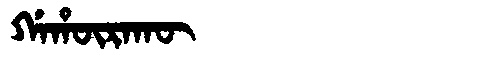
Manchu: ᡤᠠᡥᡡᡵᠠᡴᡡ
Romanization: GAHŪRAKŪ